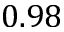
0 . 9 8